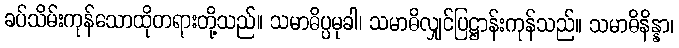
ခပ်သိမ်းကုန်သောထိုတရားတို့သည်။ သမာဓိပ္ပမုခါ၊ သမာဓိလျှင်ပြဋ္ဌာန်းကုန်သည်။ သမာဓိနိန္နာ၊